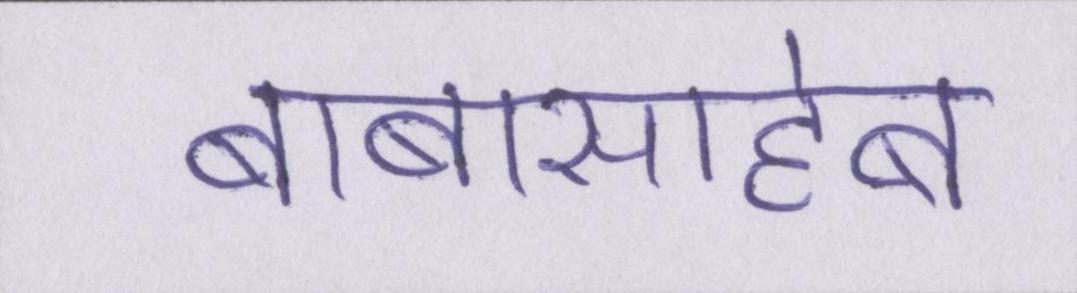
बाबासाहेब